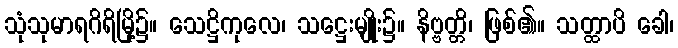
သုံသုမာရဂိရိမြို့၌။ သေဋ္ဌိကုလေ၊ သဋ္ဌေးမျိုး၌။ နိဗ္ဗတ္တိ၊ ဖြစ်၏။ သတ္ထာပိ ခေါ၊